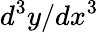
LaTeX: d^{3}y/dx^{3}